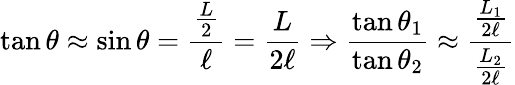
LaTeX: \tan\theta\approx\sin\theta={\frac{\frac{L}{2}}{\ell}}={\frac{L}{2\ell}}\Rightarrow{\frac{\tan\theta_{1}}{\tan\theta_{2}}}\approx{\frac{\frac{L_{1}}{2\ell}}{\frac{L_{2}}{2\ell}}}